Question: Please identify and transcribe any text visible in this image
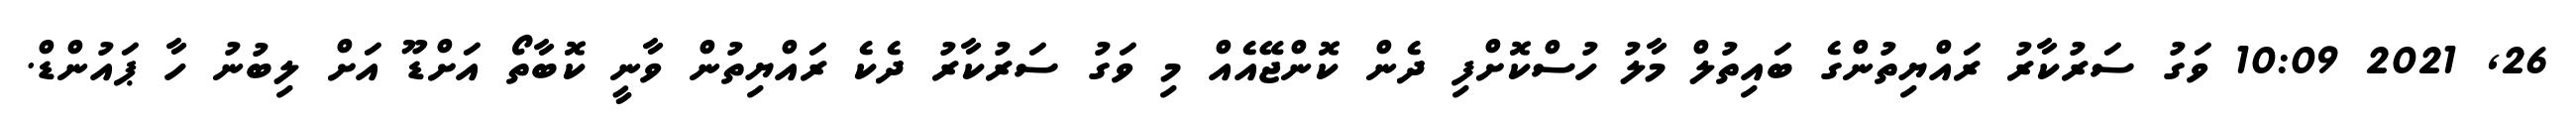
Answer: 26, 2021 10:09 ވަގު ސަރުކާރު ރައްޔިތުންގެ ބައިތުލް މާލު ހުސްކޮށްފި ދެން ކޮންޖޭއެއް މި ވަގު ސަރުކާރު ދެކެ ރައްޔިތުން ވާނީ ކޮބާތޯ އަށްޑޫ އަށް ލިބުނު ހާ ޕައުންޑް.